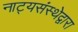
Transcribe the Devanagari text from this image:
नाट्यसंस्थेद्वारा